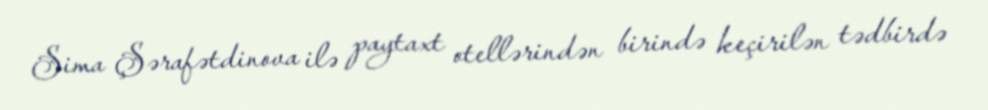
Sima Şərafətdinova ilə paytaxt otellərindən birində keçirilən tədbirdə